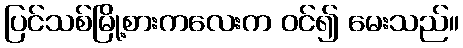
ပြင်သစ်မြို့စားကလေးက ဝင်၍ မေးသည်။